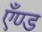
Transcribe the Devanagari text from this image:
एँण्ड